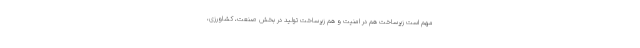
مهم است زیرساخت هم در امنیت و هم زیرساخت تولید در بخش صنعت، کشاورزی،